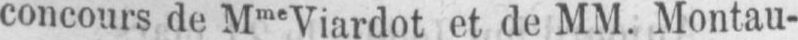
concours de MmeViardot et de MM. Montau-